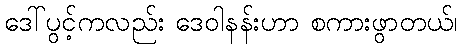
ဒေါ်ပွင့်ကလည်း ဒေဝါနန်းဟာ စကားဖွာတယ်၊